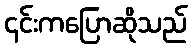
၎င်းကပြောဆိုသည်